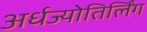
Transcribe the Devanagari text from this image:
अर्धज्योतिर्लिंग